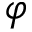
\varphi